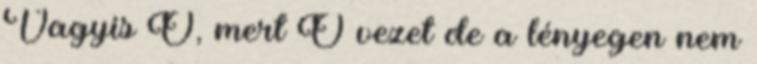
Vagyis Ő, mert Ő vezet de a lényegen nem